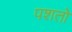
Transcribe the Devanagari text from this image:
पशतो